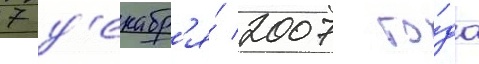
7 д'екабр'я́ 2007 го́да